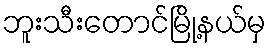
ဘူးသီးတောင်မြို့နယ်မှ